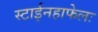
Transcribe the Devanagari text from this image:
स्टाईनहाफेलः